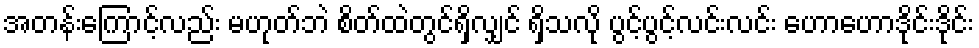
အတန်းကြောင့်လည်း မဟုတ်ဘဲ စိတ်ထဲတွင်ရှိလျှင် ရှိသလို ပွင့်ပွင့်လင်းလင်း ဟောဟောဒိုင်းဒိုင်း